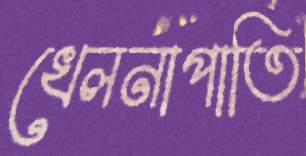
খেলনাপাতি